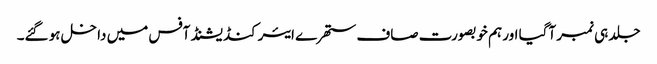
جلد ہی نمبر آگیا اور ہم خوبصورت صاف ستھرے ایئرکنڈیشنڈ آفس میں داخل ہو گئے۔